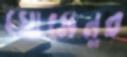
মোমেনুর